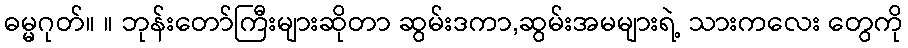
ဓမ္မဂုတ်။ ။ ဘုန်းတော်ကြီးများဆိုတာ ဆွမ်းဒကာ,ဆွမ်းအမများရဲ့ သားကလေး တွေကို